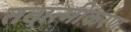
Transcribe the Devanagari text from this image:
तदात्मीकरण